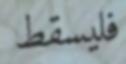
فليسقط